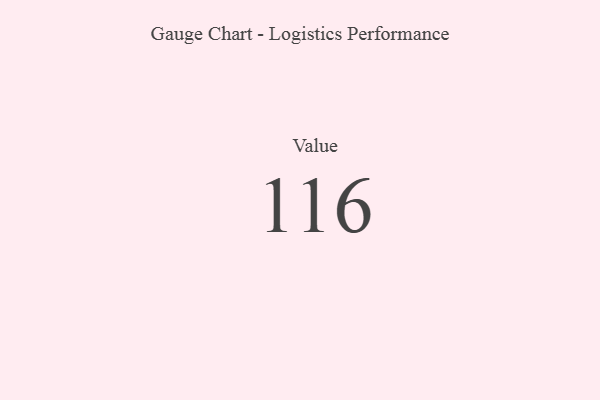
{"axis": {"x": "Metric", "y": "Value"}, "legend": [""], "data": [{"x": "Value", "y": 116, "type": ""}]}